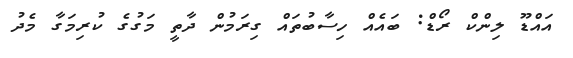
އައްޑޫ ލިންކް ރޯޑް: ބައެއް ހިސާބުތައް ގިރަމުން ދާތީ މަގުގެ ކުރިމަގާ މެދު